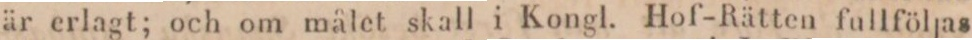
är erlagt; och om målet skall i Kongl. Hof-Rätten fullföljas